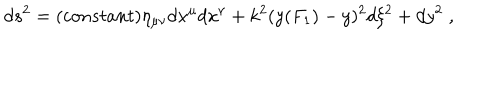
LaTeX: d s ^ { 2 } = ( c o n s t a n t ) \eta _ { \mu \nu } d x ^ { \mu } d x ^ { \nu } + k ^ { 2 } ( y ( F _ { 1 } ) - y ) ^ { 2 } d \xi ^ { 2 } + d y ^ { 2 } \; ,